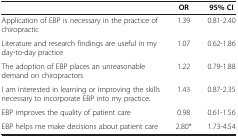
|  | OR | 95% CI |
 | --- | --- | --- |
 | Application of EBP is necessary in the practice of chiropractic | 1.39 | 0.81-2.40 |
 | Literature and research findings are useful in my day-to-day practice | 1.07 | 0.62-1.86 |
 | The adoption of EBP places an unreasonable demand on chiropractors | 1.22 | 0.79-1.88 |
 | I am interested in learning or improving the skills necessary to incorporate EBP into my practice. | 1.43 | 0.87-2.35 |
 | EBP improves the quality of patient care | 0.98 | 0.61-1.56 |
 | EBP helps me make decisions about patient care | 2.80* | 1.73-4.54 |